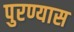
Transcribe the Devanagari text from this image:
पुरण्यास